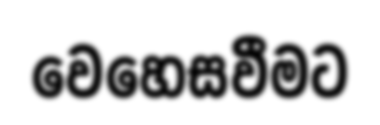
වෙහෙසවීමට